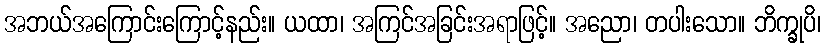
အဘယ်အကြောင်းကြောင့်နည်း။ ယထာ၊ အကြင်အခြင်းအရာဖြင့်။ အညော၊ တပါးသော။ ဘိက္ခုပိ၊